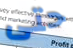
حتى